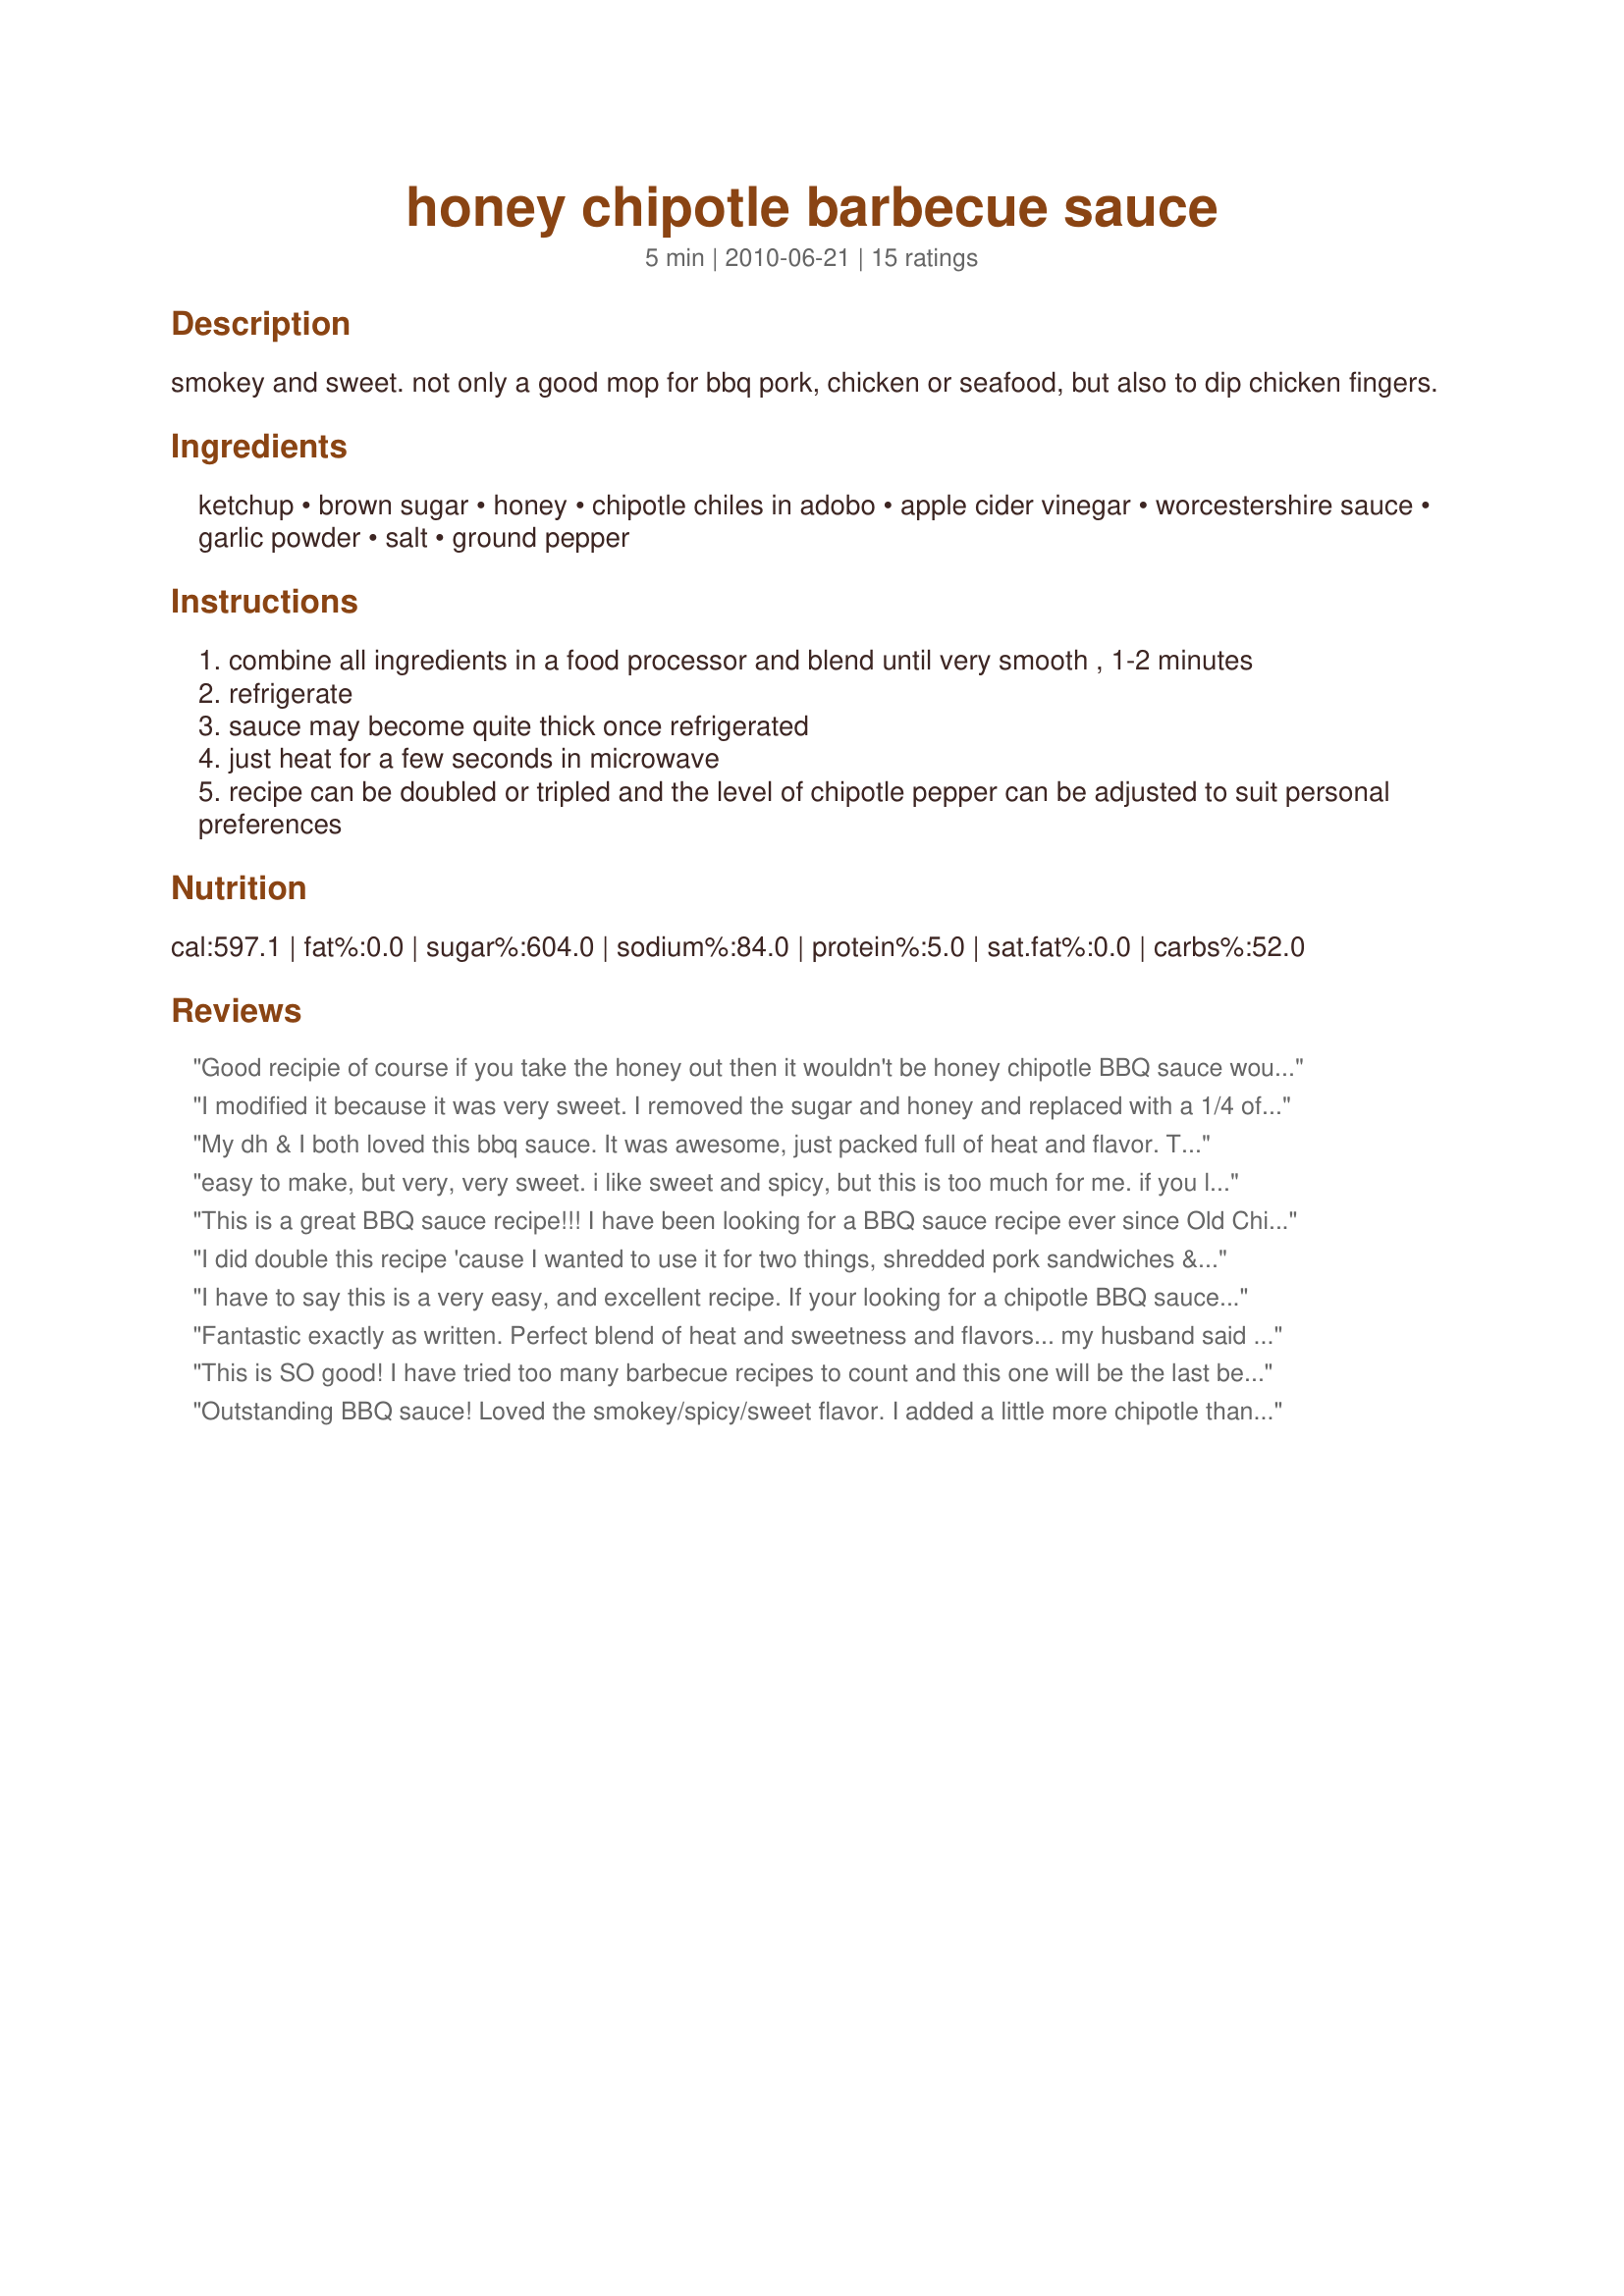
honey chipotle barbecue sauce
Preparation time: 5 minutes

smokey and sweet. not only a good mop for bbq pork, chicken or seafood, but also to dip chicken fingers.

Ingredients:
ketchup, brown sugar, honey, chipotle chiles in adobo, apple cider vinegar, worcestershire sauce, garlic powder, salt, ground pepper

Steps:
combine all ingredients in a food processor and blend until very smooth , 1-2 minutes
refrigerate
sauce may become quite thick once refrigerated
just heat for a few seconds in microwave
recipe can be doubled or tripled and the level of chipotle pepper can be adjusted to suit personal preferences

Reviews:
Good recipie of course if you take the honey out then it wouldn't be honey chipotle BBQ sauce would it
I modified it because it was very sweet. I removed the sugar and honey and replaced with a 1/4 of molasses. Then doubled the chipotle. It came out less sweet with a little kick.
My dh & I both loved this bbq sauce. It was awesome, just packed full of heat and flavor. The only difference was that I used smoked chipotle chiles in adobe. Your recipe was quick and easy to make, with great instructions. My family will be enjoying this sauce often. I served it over meatloaf alongside your garlic mashed potatoes for a real taste experience. Thanks so much for sharing another winner.
easy to make, but very, very sweet. i like sweet and spicy, but this is too much for me. if you like sweet, sweet sauces you will probably like this. could be a good recipe to build off though, ya just gotta find what works for you. thanks for posting it though!
This is a great BBQ sauce recipe!!! I have been looking for a BBQ sauce recipe ever since Old Chicago stopped offering their honey chipotle sauce on BBQ wings. This sauce is much better then the OC sauce was.
I did double this recipe 'cause I wanted to use it for two things, shredded pork sandwiches & a chicken finger dip ~ Outstanding on both accounts! The only change I made was to cut back the amount of chipotle chiles by one-third! Definitely a winner for us! Thanks for sharing the recipe! [Tagged & made in Please Review My Recipe]
I have to say this is a very easy, and excellent recipe. If your looking for a chipotle BBQ sauce recipe look no further, well done.
Fantastic exactly as written. Perfect blend of heat and sweetness and flavors... my husband said I should quit buying barbecue sauce and just make this. (And we live in the BBQ Capital of Texas!) We like things spicy, so I actually doubled the chipotles.
This is SO good! I have tried too many barbecue recipes to count and this one will be the last because I found the BEST one thanks to gailanng. Both my husband and I were blown away by the flavors of spicy and sweet. We like heat so I nearly tripled the chipotle, just WOW! I used it to dip homemade chicken tenders in, but will be using it for all my barbecue needs from now on.
Outstanding BBQ sauce! Loved the smokey/spicy/sweet flavor. I added a little more chipotle than called for. Used this to grill chicken breasts but I think it would be terrific on ribs as well. Thanks for posting this keeper!
This is really good, am going to add more chipotles next time for a little more spiciness, ty definitely a keeper
I love this recipe! I make it in two styles. The first is the recipe as written which I find fits well with beef. In the second I remove the honey and replace it with frozen OJ concentrate 1 for 1. I like this better on chicken and pork.
I like sweet but this is off the chart sweet. I already reduced sugar about 2T. I would cut sugar and honey by half and 1 1/2 X the chipotle (which I did anyway). It's a good recipe just way too sweet for me.
Well strap me to a rocket and send me up into space...cos this was out of this world!!<br/>Seriously...this is quite simply the BEST barbecue sauce recipe that I have ever made-and I've been through quite a few believe me...DH actually said to cancel the search for his ultimate bbq sauce, as this was it.<br/>Quick,simple,no cooking and tastes absolutely fantastic. We used it on pulled pork sandwiches...and we're still drooling...really glad that I doubled the recipe, as this stuff is good enough to drink!<br/>Five stars....how mean, but that's all I'm allowed to give. Top marks to you gailanng...again!!!<br/>Made with absolute pleasure for AUS/NZ Recipe Swap#50.
We really liked this, it will be made often!
